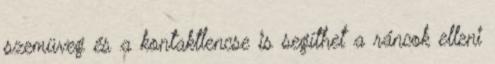
szemüveg és a kontaktlencse is segíthet a ráncok elleni